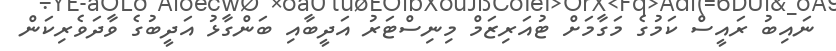
ނައިބު ރައީސް ކަމުގެ މަގާމަށް ޓުއަރިޒަމް މިނިސްޓަރު އަދީބާއި ބަންގާޅު އަދީބުގެ ވާދަވެރިކަން